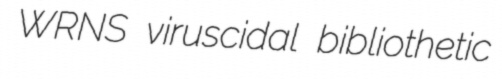
WRNS viruscidal bibliothetic